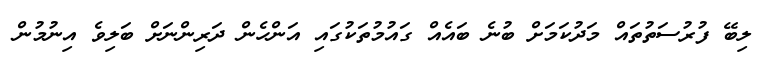
ލިބޭ ފުރުސަތުތައް މަދުކަމަށް ބުނެ ބައެއް ގައުމުތަކުގައި އަންހެން ދަރިންނަށް ބަލިވެ އިނުމުން